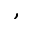
,